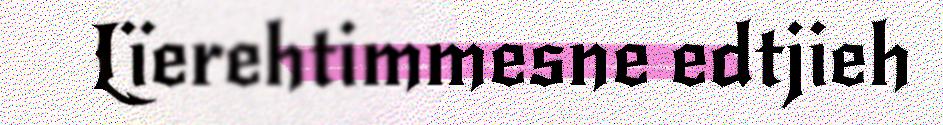
Lïerehtimmesne edtjieh